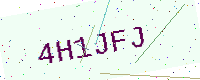
Text: 4H1JFJ